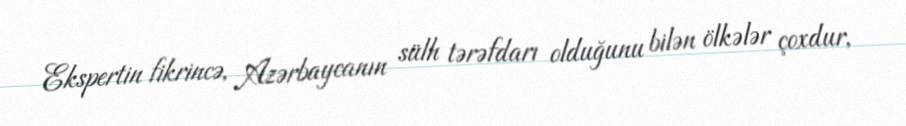
Ekspertin fikrincə, Azərbaycanın sülh tərəfdarı olduğunu bilən ölkələr çoxdur,